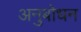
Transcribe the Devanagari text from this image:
अनुबोधन